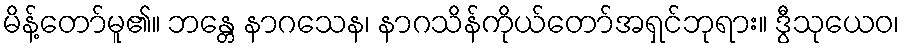
မိန့်တော်မူ၏။ ဘန္တေ နာဂသေန၊ နာဂသိန်ကိုယ်တော်အရှင်ဘုရား။ ဒွီသုယေဝ၊